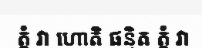
ត្តំ វា ហោតិ ផន្ទិត ត្តំ វា